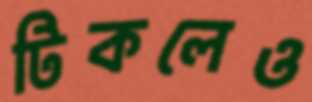
টিকলেও